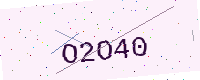
Text: O2O40